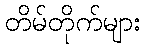
တိမ်တိုက်များ